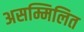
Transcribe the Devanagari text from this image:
असम्मिलित